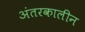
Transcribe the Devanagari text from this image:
अंतरकालीन